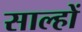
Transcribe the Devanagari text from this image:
साल्हों